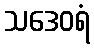
သဒေဝရံ